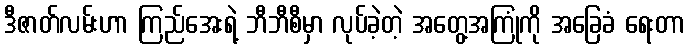
ဒီဇာတ်လမ်းဟာ ကြည်အေးရဲ့ ဘီဘီစီမှာ လုပ်ခဲ့တဲ့ အတွေ့အကြုံကို အခြေခံ ရေးတာ